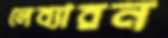
লেব্যারন